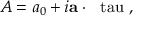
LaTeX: A = a _ { 0 } + i { \bf a } \cdot \mathrm { \boldmath ~ \ t a u ~ } ,